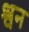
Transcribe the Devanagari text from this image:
श्वन